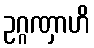
ဥဂ္ဂဏှာဟိ